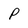
Character: P